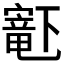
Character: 𫴋